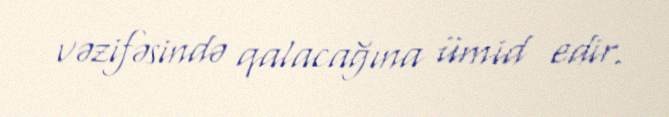
vəzifəsində qalacağına ümid edir.